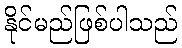
နိုင်မည်ဖြစ်ပါသည်